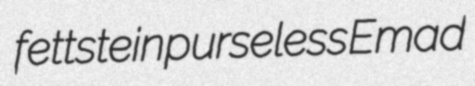
fettstein purseless Emad